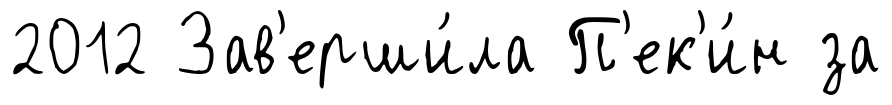
2012 Зав'ерши́ла П'ек'и́н за